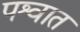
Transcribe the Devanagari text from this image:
पश्वात